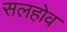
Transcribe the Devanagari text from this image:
सलहोव